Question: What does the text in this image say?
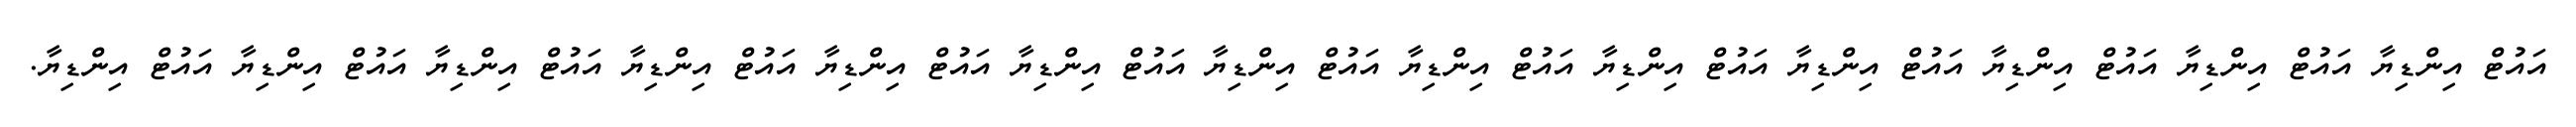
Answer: އައުޓް އިންޑިޔާ އައުޓް އިންޑިޔާ އައުޓް އިންޑިޔާ އައުޓް އިންޑިޔާ އައުޓް އިންޑިޔާ އައުޓް އިންޑިޔާ އައުޓް އިންޑިޔާ އައުޓް އިންޑިޔާ އައުޓް އިންޑިޔާ އައުޓް އިންޑިޔާ އައުޓް އިންޑިޔާ އައުޓް އިންޑިޔާ އައުޓް އިންޑިޔާ.